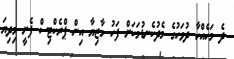
ދެ މަހެއްހާ ދުވަހުގެ މެދުކެނޑުމަކަށް ފަހު މާޒިޔާ އިން ޕްރެކްޓިސް ފެށީ މިދިޔަ